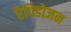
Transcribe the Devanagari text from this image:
रैपिडोजन